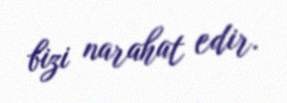
bizi narahat edir.